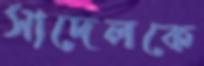
সাদেলকে